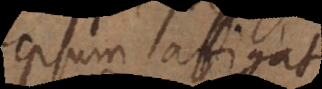
ipsum affigat,